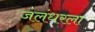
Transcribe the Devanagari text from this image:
जलंधरला